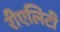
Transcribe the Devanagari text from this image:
रीएलिटी